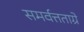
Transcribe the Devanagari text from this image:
समर्वत्तताग्रे